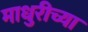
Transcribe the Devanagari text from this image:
माधुरीच्या